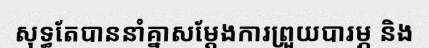
សុទ្ធតែបាននាំគ្នាសម្តែងការព្រួយបារម្ភ និង